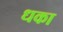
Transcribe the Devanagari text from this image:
धका